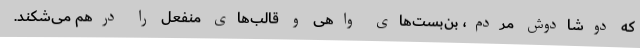
که دوشادوش مردم، بن‌بست‌های واهی و قالب‌های منفعل را درهم می‌شکند.